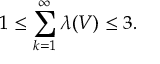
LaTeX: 1 \leq \sum _ { k = 1 } ^ { \infty } \lambda ( V ) \leq 3 .